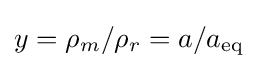
y=\rho _{m}/\rho _{r}=a/a_{\text{eq}}